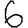
Digit: 6